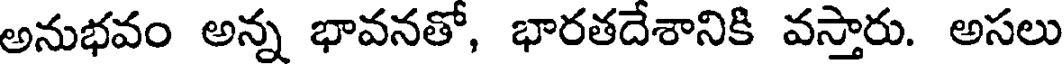
అనుభవం అన్న భావనతో, భారతదేశానికి వస్తారు. అసలు